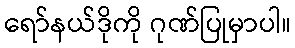
ရော်နယ်ဒိုကို ဂုဏ်ပြုမှာပါ။